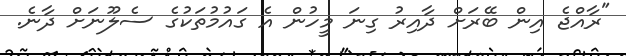
"ރާއްޖެ އިން ބޭރަށް ދާއިރު ގިނަ މީހުން އެ ގައުމުތަކުގެ ސެލޫނަށް ދާނެ.